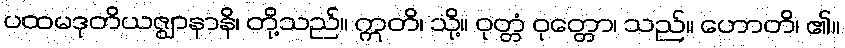
ပထမဒုတိယဇ္ဈာနာနိ၊ တို့သည်။ ဣတိ၊ သို့။ ဝုတ္တံ ဝုတ္တော၊ သည်။ ဟောတိ၊ ၏။